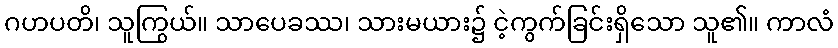
ဂဟပတိ၊ သူကြွယ်။ သာပေခဿ၊ သားမယား၌ ငဲ့ကွက်ခြင်းရှိသော သူ၏။ ကာလံ